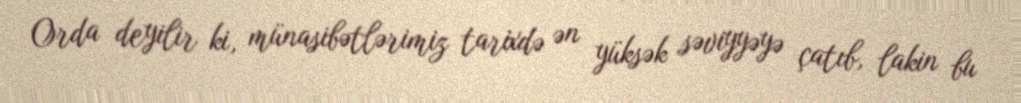
Orda deyilir ki, münasibətlərimiz tarixdə ən yüksək səviyyəyə çatıb, lakin bu